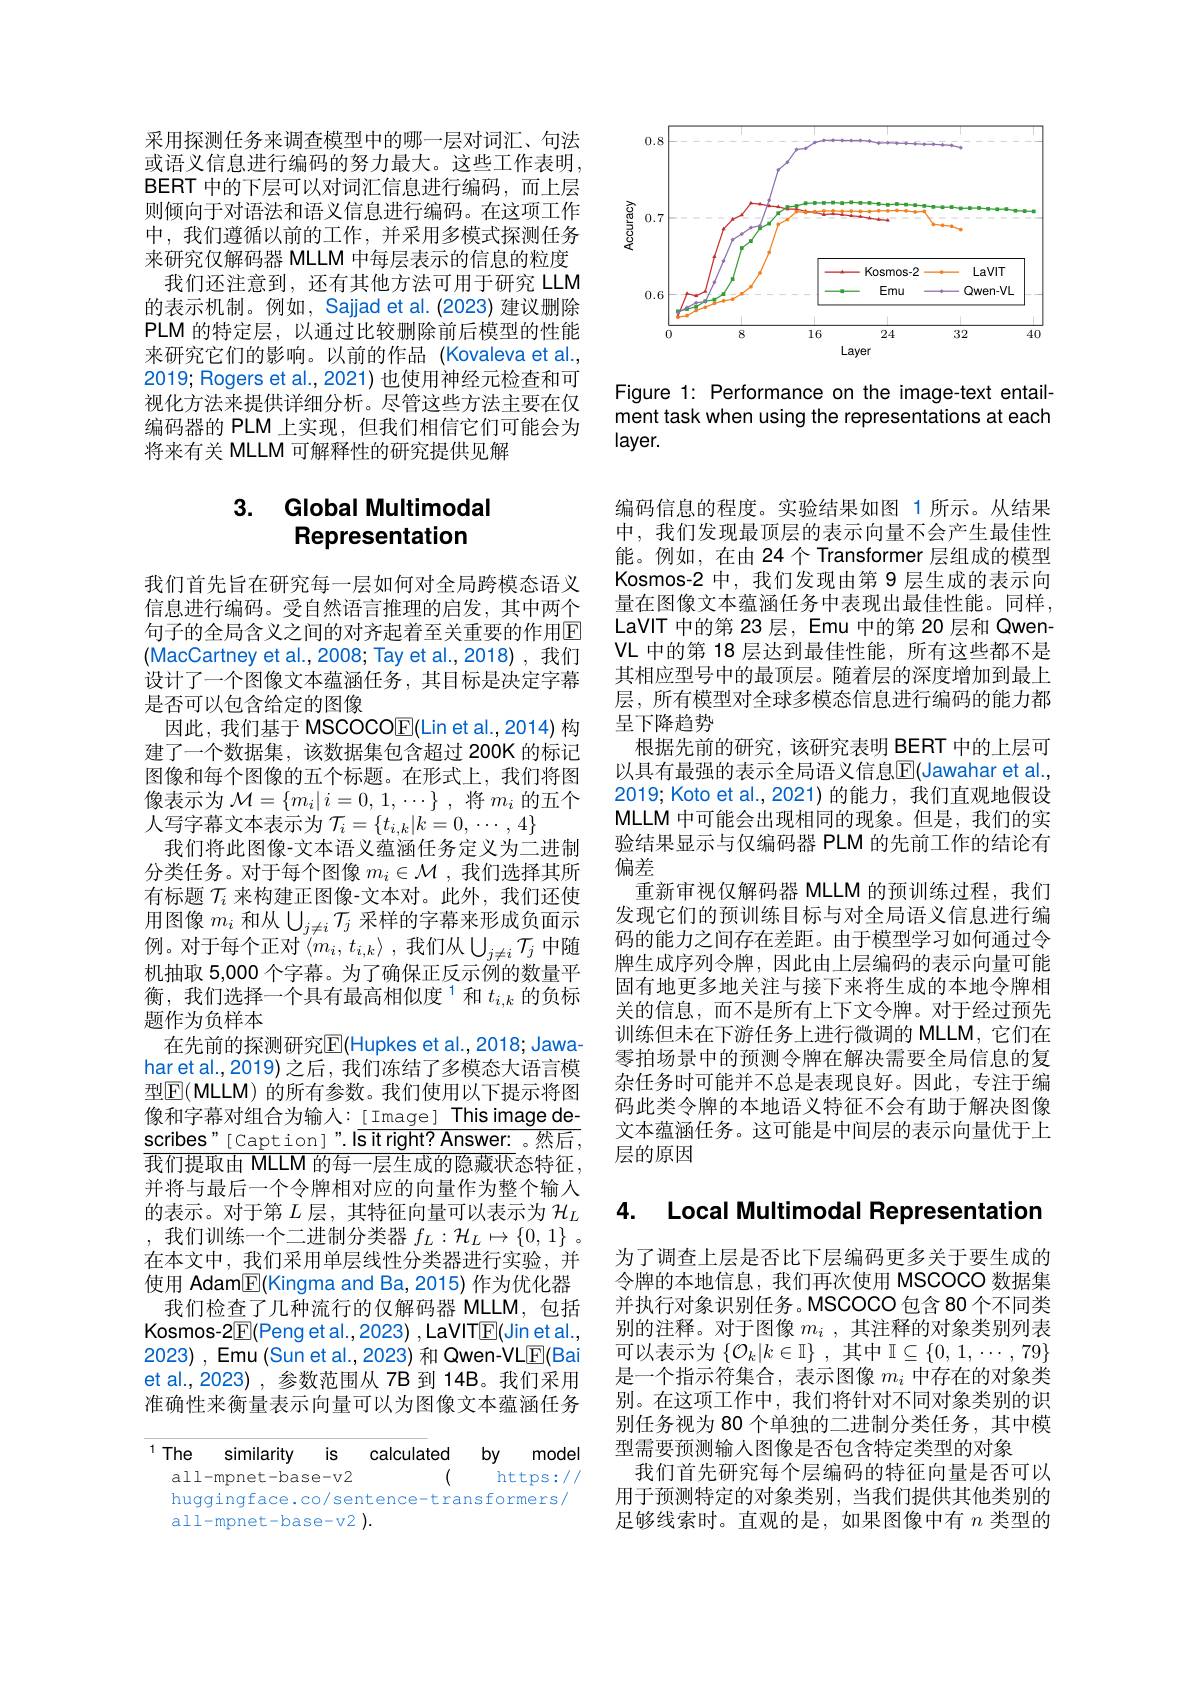
采用探测任务来调查模型中的哪一层对词汇、句法或语义信息进行编码的努力最大。这些工作表明， BERT 中的下层可以对词汇信息进行编码，而上层则倾向于对语法和语义信息进行编码。在这项工作中，我们遵循以前的工作，并采用多模式探测任务来研究仅解码器 MLLM 中每层表示的信息的粒度我们还注意到，还有其他方法可用于研究 LLM
的表示机制。例如，Sajjad et al. (2023) 建议删除PLM 的特定层，以通过比较删除前后模型的性能来研究它们的影响。以前的作品(Kovaleva et al., 2019; Rogers et al., 2021) 也使用神经元检查和可视化方法来提供详细分析。尽管这些方法主要在仅编码器的 PLM 上实现，但我们相信它们可能会为将来有关 MLLM 可解释性的研究提供见解

# 3. Global Multimodal Representation

我们首先旨在研究每一层如何对全局跨模态语义信息进行编码。受自然语言推理的启发，其中两个句子的全局含义之间的对齐起着至关重要的作用$\mathbb{E}$ (MacCartney et al.,2008; Tay et al.,2018),我们设计了一个图像文本蕴涵任务，其目标是决定字幕是否可以包含给定的图像
因此，我们基于 MSCOCOE(Lin et al.,2014)构建了一个数据集，该数据集包含超过 200K 的标记图像和每个图像的五个标题。在形式上，我们将图像表示为$\mathcal{M}=\{m_i|i=0,1,\cdots\}$,将$m_i$的五个人写字幕文本表示为$\mathcal{T}_i=\{t_{i,k}|k=0,\cdots,4\}$
我们将此图像-文本语义蕴涵任务定义为二进制分类任务。对于每个图像$m_i\in\mathcal{M}$,我们选择其所有标题$\mathcal{T}_i$来构建正图像-文本对。此外，我们还使用图像$m_i$和从$\bigcup_j\neq i\mathcal{T}_j$采样的字幕来形成负面示例。对于每个正对$\left\langle m_i,t_{i,k}\right\rangle$,我们从$\bigcup_j\neq i\mathcal{T}_j$ 中随机抽取 5,000 个字幕。为了确保正反示例的数量平衡，我们选择一个具有最高相似度$^{1}$和$t_{i,k}$的负标题作为负样本
在先前的探测研究$\operatorname{E}($Hupkes et al., 2018; Jawaharet al.,2019)之后，我们冻结了多模态大语言模型$\boxed{\mathbb{F}}($MLLM)的所有参数。我们使用以下提示将图像和字幕对组合为输入： This image describes"[Caption]".|$\overline{\text{s it right? Answer: 。然后},}$ $\overline{\text{我们提取由 MLLM 的每一层生成的隐藏状}}$态特征， 并将与最后一个令牌相对应的向量作为整个输入的表示。对于第$L$层，其特征向量可以表示为$\mathcal{H}_L$ ,我们训练一个二进制分类器 $f_L: \mathcal{H} _L\mapsto \{ 0, 1\}$ 。在本文中，我们采用单层线性分类器进行实验，并使用 Adam$\boxed{\mathbb{F}}($Kingma and Ba,2015) 作为优化器
我们检查了几种流行的仅解码器 MLLM,包括Kosmos-2$\boxed{\mathrm{F}}($Peng et al.,2023) , LaVITE(Jin et al., 2023), Emu(Sun et al., 2023) 和 Qwen-VLE(Bai et al.,2023),参数范围从 78 到 14B。我们采用准确性来衡量表示向量可以为图像文本蕴涵任务

$^{1}$The similarity is
calculated by model
(
all-mpnet-base-v2
https://
huggingface.co/sentence-transformers/
all-mpnet-base-v2 ).

<FigureHere>

Figure 1: Performance on the image-text entailment task when using the representations at each $layer.$

编码信息的程度。实验结果如图 1 所示。从结果中，我们发现最顶层的表示向量不会产生最佳性能。例如，在由 24个 Transformer 层组成的模型Kosmos-2 中，我们发现由第 9 层生成的表示向量在图像文本蕴涵任务中表现出最佳性能。同样， LaVIT 中的第 23 层，Emu 中的第 20 层和 QwenVL 中的第 18 层达到最佳性能，所有这些都不是其相应型号中的最顶层。随着层的深度增加到最上层，所有模型对全球多模态信息进行编码的能力都呈下降趋势
根据先前的研究，该研究表明 BERT 中的上层可以具有最强的表示全局语义信息$\overline{\mathbb{E}}($Jawahar et al. 2019; Koto et al.,2021) 的能力，我们直观地假设MLLM 中可能会出现相同的现象。但是，我们的实验结果显示与仅编码器 PLM 的先前工作的结论有偏差
重新审视仅解码器 MLLM 的预训练过程，我们发现它们的预训练目标与对全局语义信息进行编码的能力之间存在差距。由于模型学习如何通过令牌生成序列令牌，因此由上层编码的表示向量可能固有地更多地关注与接下来将生成的本地令牌相关的信息，而不是所有上下文令牌。对于经过预先训练但未在下游任务上进行微调的 MLLM,它们在零拍场景中的预测令牌在解决需要全局信息的复杂任务时可能并不总是表现良好。因此，专注于编码此类令牌的本地语义特征不会有助于解决图像文本蕴涵任务。这可能是中间层的表示向量优于上层的原因

## 4. Local Multimodal Representatior

为了调查上层是否比下层编码更多关于要生成的令牌的本地信息，我们再次使用 MSCOCO 数据集并执行对象识别任务。MSCOCO 包含 80 个不同类别的注释。对于图像$m_i$,其注释的对象类别列表可以表示为$\left\{\mathcal{O}_k|k\in\mathbb{I}\right\}$,其中$\mathbb{I}\subseteq\{0,1,\cdots,79\}$ 是一个指示符集合，表示图像$m_i$中存在的对象类别。在这项工作中，我们将针对不同对象类别的识别任务视为 80 个单独的二进制分类任务，其中模型需要预测输人图像是否包含特定类型的对象
我们首先研究每个层编码的特征向量是否可以用于预测特定的对象类别，当我们提供其他类别的足够线索时。直观的是，如果图像中有$n$类型的